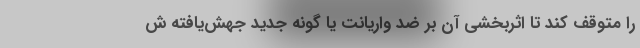
را متوقف کند تا اثربخشی آن بر ضد واریانت یا گونه جدید جهش‌یافته ش